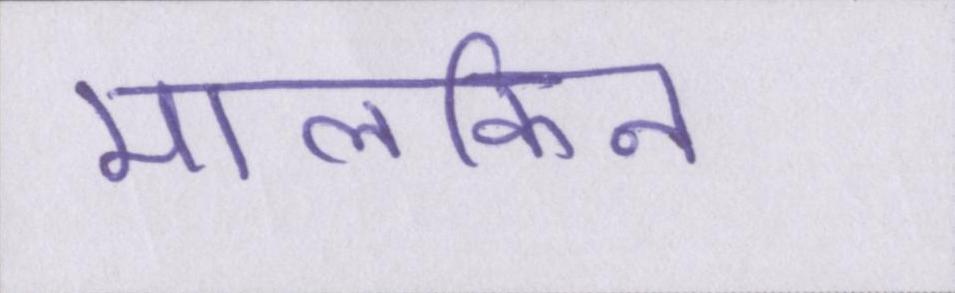
मालकिन